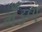
મઁડળ